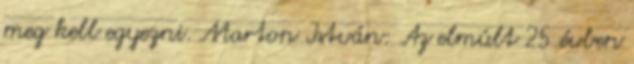
meg kell egyezni. Marton István: Az elmúlt 25 évben